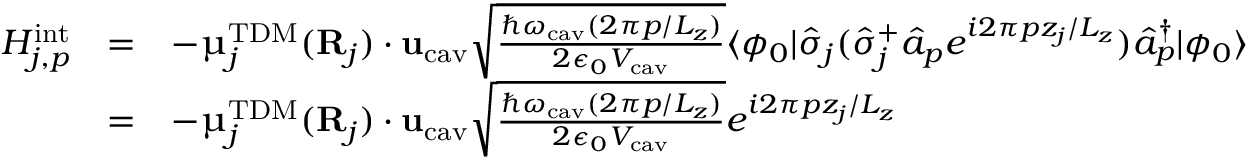
\begin{array} { c c l } { H _ { j , p } ^ { \mathrm { i n t } } } & { = } & { - { \boldsymbol { \upmu } } _ { j } ^ { \mathrm { T D M } } ( { \bf { R } } _ { j } ) \cdot { \bf { u } } _ { \mathrm { c a v } } \sqrt { \frac { \hslash \omega _ { \mathrm { c a v } } ( 2 \pi p / L _ { z } ) } { 2 \epsilon _ { 0 } V _ { \mathrm { c a v } } } } \langle \phi _ { 0 } | \hat { \sigma } _ { j } ( \hat { \sigma } _ { j } ^ { + } \hat { a } _ { p } e ^ { i 2 \pi p z _ { j } / L _ { z } } ) \hat { a } _ { p } ^ { \dagger } | \phi _ { 0 } \rangle } \\ & { = } & { - { \boldsymbol { \upmu } } _ { j } ^ { \mathrm { T D M } } ( { \bf { R } } _ { j } ) \cdot { \bf { u } } _ { \mathrm { c a v } } \sqrt { \frac { \hslash \omega _ { \mathrm { c a v } } ( 2 \pi p / L _ { z } ) } { 2 \epsilon _ { 0 } V _ { \mathrm { c a v } } } } e ^ { i 2 \pi p z _ { j } / L _ { z } } } \end{array}